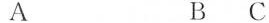
AB C